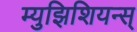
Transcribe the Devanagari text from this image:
म्युझिशियन्स्